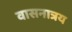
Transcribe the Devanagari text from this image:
वासनात्रय